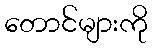
တောင်များကို